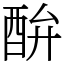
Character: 䣲